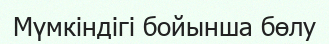
Мүмкіндігі бойынша бөлу